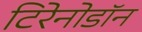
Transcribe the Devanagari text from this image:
टिरेनोडॉन